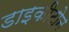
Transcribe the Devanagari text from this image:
डाइकीटोन